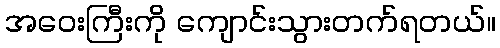
အဝေးကြီးကို ကျောင်းသွားတက်ရတယ်။